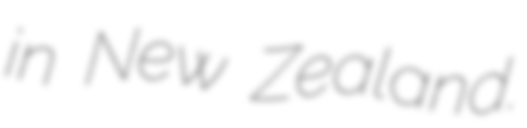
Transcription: in New Zealand.